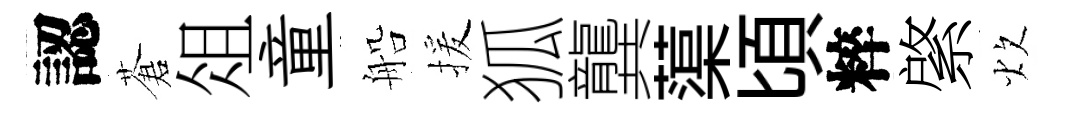
認蒼俎童船援狐龔蕖頃粹綮炊